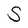
Character: S